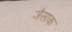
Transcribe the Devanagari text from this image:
जैसाक